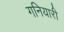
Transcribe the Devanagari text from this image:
गनियारी